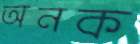
অনক